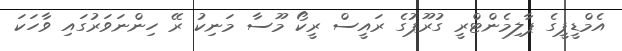
އެމްޑީޕީގެ ޕާލިމެންޓްރީ ގުރޫޕުގެ ރައީސް ރީކޯ މޫސާ މަނިކު ރޭ ހިންނަވަރުގައި ވާހަކަ